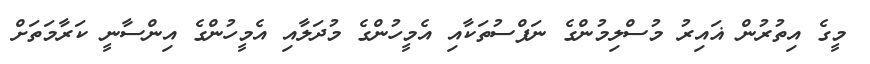
މީގެ އިތުރުން ޣައިރު މުސްލިމުންގެ ނަފްސުތަކާއި އެމީހުންގެ މުދަލާއި އެމީހުންގެ އިންސާނީ ކަރާމަތަށް